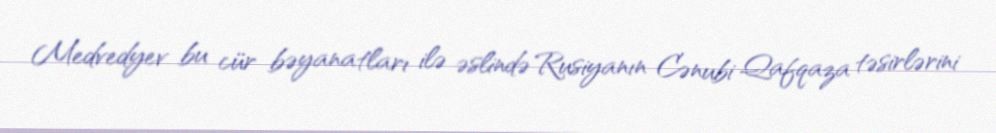
Medvedyev bu cür bəyanatları ilə əslində Rusiyanın Cənubi Qafqaza təsirlərini